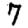
Digit: 7